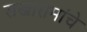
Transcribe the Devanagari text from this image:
सखारामांचे